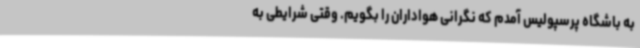
به باشگاه پرسپولیس آمدم که نگرانی هواداران را بگویم. وقتی شرایطی به